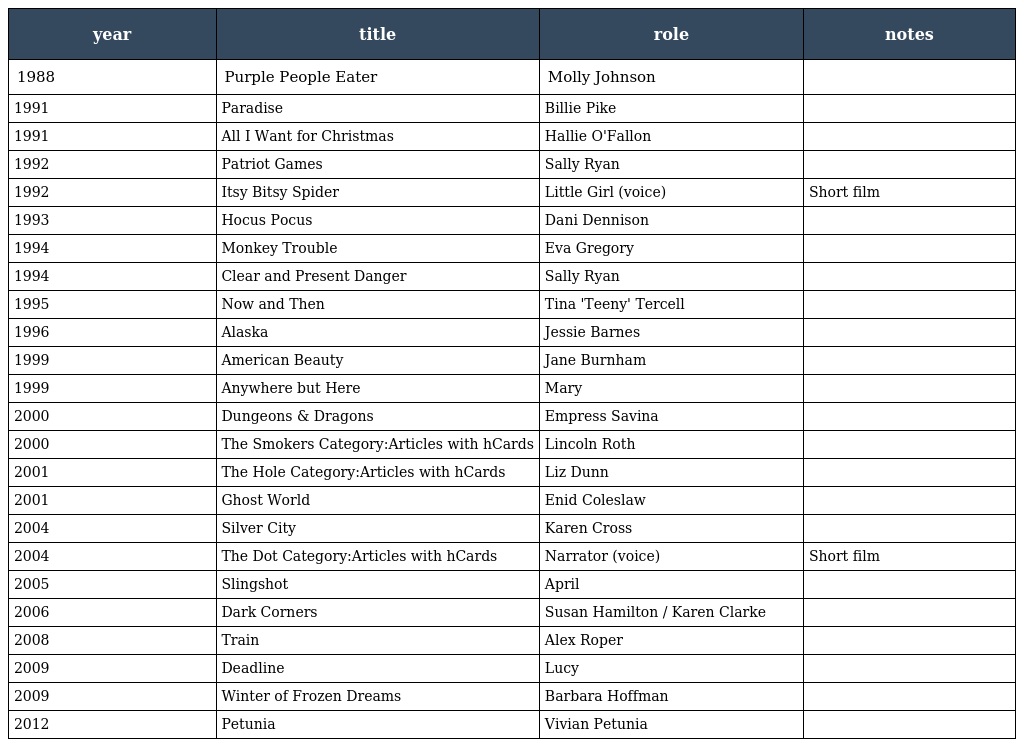
| year | title | role | notes |
 | --- | --- | --- | --- |
 | 1988 | Purple People Eater | Molly Johnson |  |
 | 1991 | Paradise | Billie Pike |  |
 | 1991 | All I Want for Christmas | Hallie O'Fallon |  |
 | 1992 | Patriot Games | Sally Ryan |  |
 | 1992 | Itsy Bitsy Spider | Little Girl (voice) | Short film |
 | 1993 | Hocus Pocus | Dani Dennison |  |
 | 1994 | Monkey Trouble | Eva Gregory |  |
 | 1994 | Clear and Present Danger | Sally Ryan |  |
 | 1995 | Now and Then | Tina 'Teeny' Tercell |  |
 | 1996 | Alaska | Jessie Barnes |  |
 | 1999 | American Beauty | Jane Burnham |  |
 | 1999 | Anywhere but Here | Mary |  |
 | 2000 | Dungeons & Dragons | Empress Savina |  |
 | 2000 | The Smokers Category:Articles with hCards | Lincoln Roth |  |
 | 2001 | The Hole Category:Articles with hCards | Liz Dunn |  |
 | 2001 | Ghost World | Enid Coleslaw |  |
 | 2004 | Silver City | Karen Cross |  |
 | 2004 | The Dot Category:Articles with hCards | Narrator (voice) | Short film |
 | 2005 | Slingshot | April |  |
 | 2006 | Dark Corners | Susan Hamilton / Karen Clarke |  |
 | 2008 | Train | Alex Roper |  |
 | 2009 | Deadline | Lucy |  |
 | 2009 | Winter of Frozen Dreams | Barbara Hoffman |  |
 | 2012 | Petunia | Vivian Petunia |  |